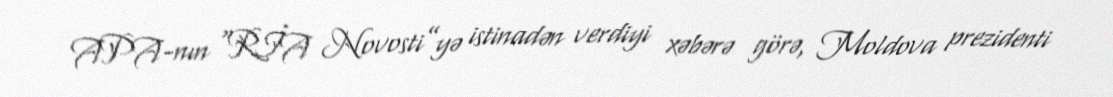
APA-nın “RİA Novosti”yə istinadən verdiyi xəbərə görə, Moldova prezidenti